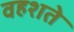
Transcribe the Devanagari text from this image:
वहशते